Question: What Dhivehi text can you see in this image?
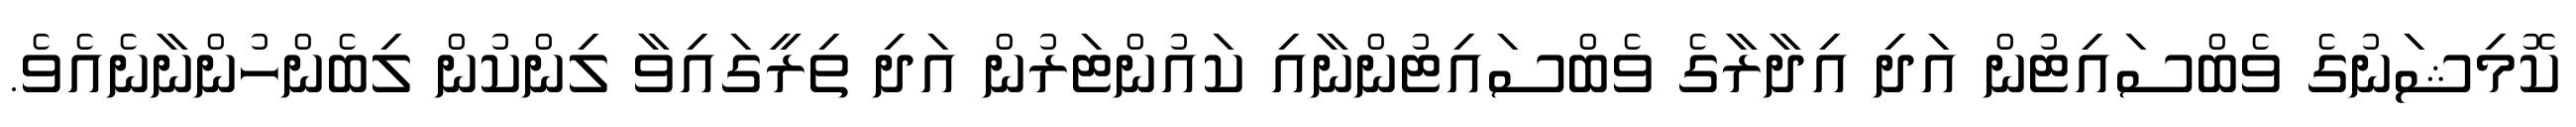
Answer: ކޮމިޝަނުގެ ވެބްސައިޓުން އަދި އިދާރާގެ ވެބްސައިޓުންނާއި ކައުންޓަރުން އަދި ތިރީގައިވާ ލިންކުން ލިބެންހުންނާނެއެވެ.